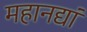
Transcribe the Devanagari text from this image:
महानद्यां